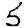
Digit: 5